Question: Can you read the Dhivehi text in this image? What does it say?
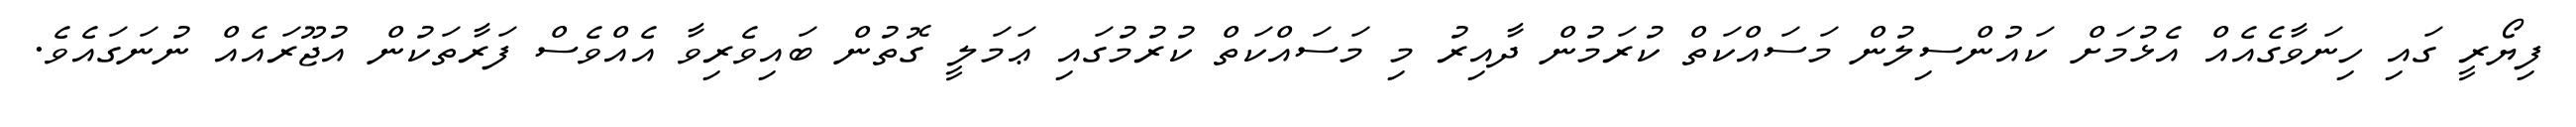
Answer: ފިޔޯރީ ގައި ހިނަވާގެއެއް އެޅުމަށް ކައުންސިލުން މަސައްކަތް ކުރަމުން ދާއިރު މި މަސައްކަތް ކުރުމުގައި ޢަމަލީ ގޮތުން ބައިވެރިވާ އެއްވެސް ފަރާތަކުން އުޖޫރައެއް ނުނަގައެވެ.